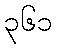
၃၆၁